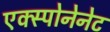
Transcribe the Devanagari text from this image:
एक्स्पोनेनेट